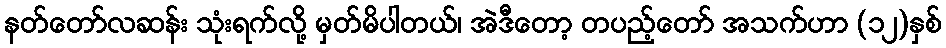
နတ်တော်လဆန်း သုံးရက်လို့ မှတ်မိပါတယ်၊ အဲဒီတော့ တပည့်တော် အသက်ဟာ (၁၂)နှစ်